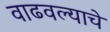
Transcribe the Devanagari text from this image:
वाढवल्याचे